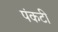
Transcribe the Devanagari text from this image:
पंकटी